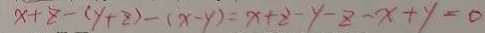
x + z - ( y + z ) - ( x - y ) = x + z - y - z - x + y = 0